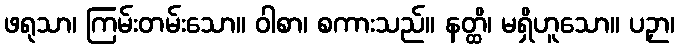
ဖရုသာ၊ ကြမ်းတမ်းသော။ ဝါစာ၊ စကားသည်။ နတ္ထိ၊ မရှိဟူသော။ ပဉှာ၊